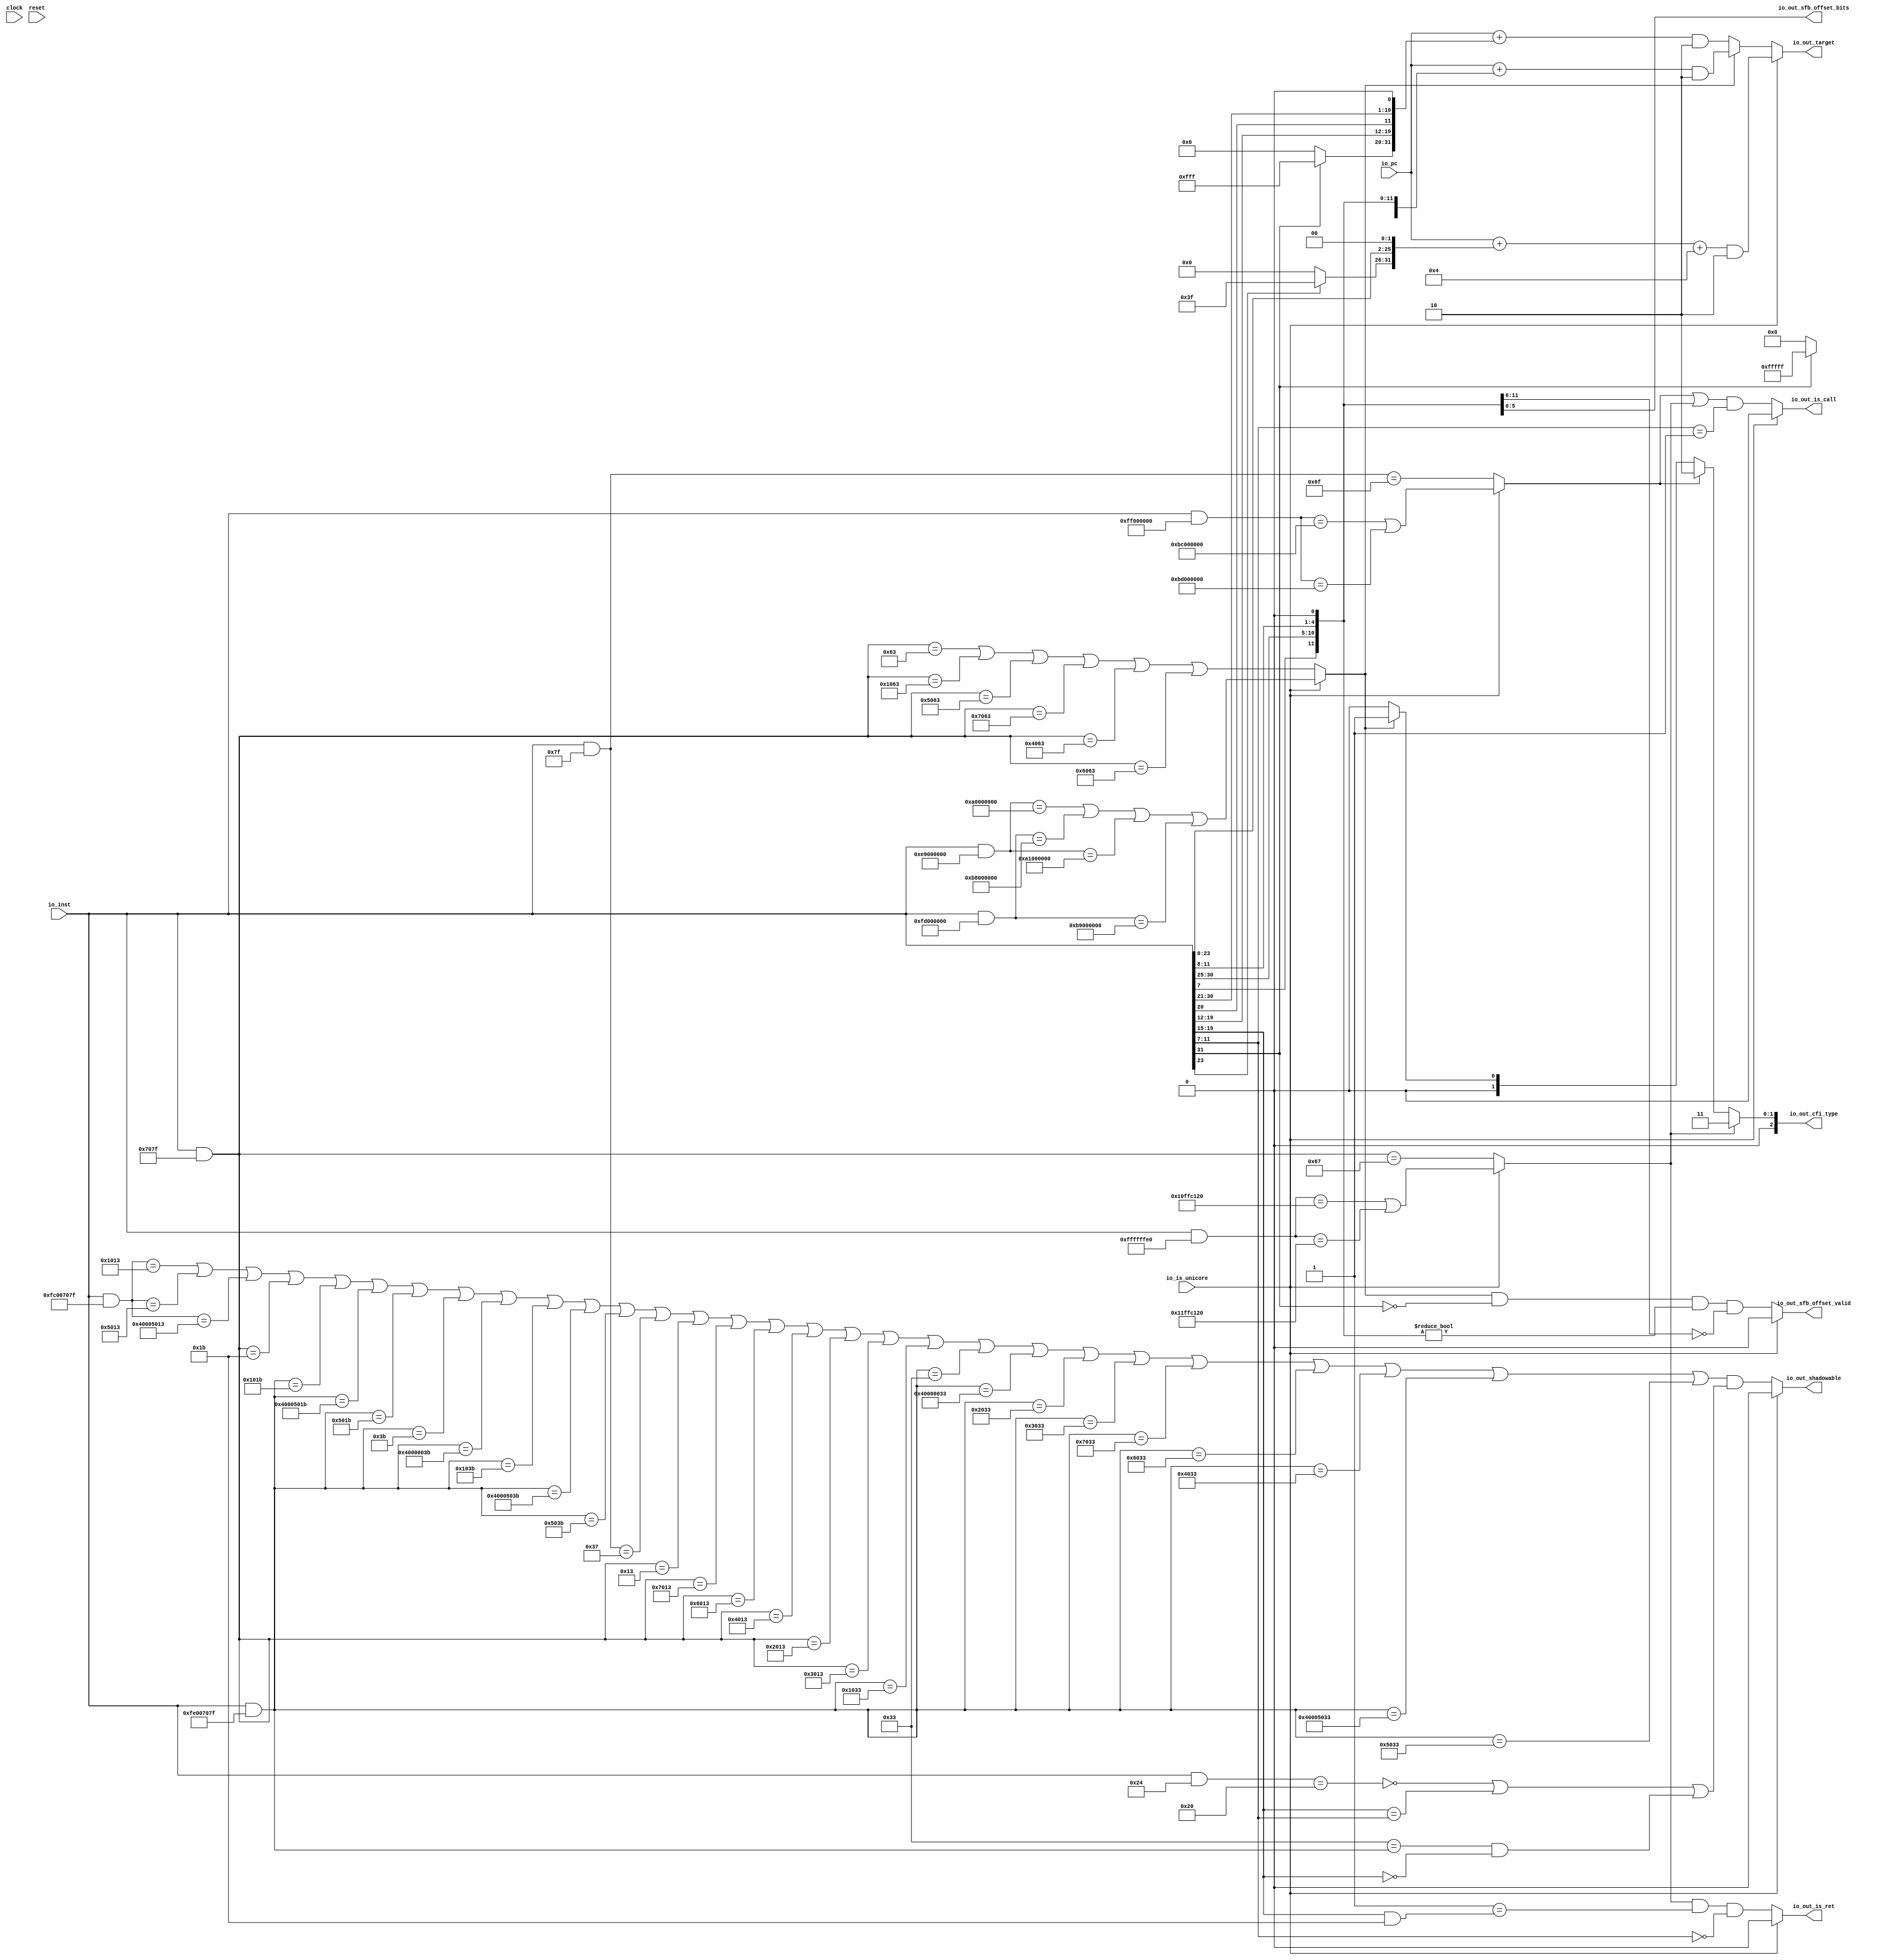
module BranchDecode(
  input         clock,
  input         reset,
  input  [31:0] io_inst,
  input  [39:0] io_pc,
  input         io_is_unicore,
  output        io_out_is_ret,
  output        io_out_is_call,
  output [39:0] io_out_target,
  output [2:0]  io_out_cfi_type,
  output        io_out_sfb_offset_valid,
  output [5:0]  io_out_sfb_offset_bits,
  output        io_out_shadowable
);
  wire [31:0] _bit_T = io_inst & 32'h707f; // @[Decode.scala 14:65]
  wire  _bit_T_1 = _bit_T == 32'h63; // @[Decode.scala 14:121]
  wire  _bit_T_3 = _bit_T == 32'h1063; // @[Decode.scala 14:121]
  wire  _bit_T_5 = _bit_T == 32'h5063; // @[Decode.scala 14:121]
  wire  _bit_T_7 = _bit_T == 32'h7063; // @[Decode.scala 14:121]
  wire  _bit_T_9 = _bit_T == 32'h4063; // @[Decode.scala 14:121]
  wire  _bit_T_11 = _bit_T == 32'h6063; // @[Decode.scala 14:121]
  wire  bpd_csignals_0 = _bit_T_1 | _bit_T_3 | _bit_T_5 | _bit_T_7 | _bit_T_9 | _bit_T_11; // @[Decode.scala 15:30]
  wire [31:0] _bit_T_17 = io_inst & 32'h7f; // @[Decode.scala 14:65]
  wire  bpd_csignals_1 = _bit_T_17 == 32'h6f; // @[Decode.scala 14:121]
  wire  bpd_csignals_2 = _bit_T == 32'h67; // @[Decode.scala 14:121]
  wire [31:0] _bit_T_21 = io_inst & 32'hfc00707f; // @[Decode.scala 14:65]
  wire  _bit_T_22 = _bit_T_21 == 32'h1013; // @[Decode.scala 14:121]
  wire  _bit_T_24 = _bit_T_21 == 32'h5013; // @[Decode.scala 14:121]
  wire  _bit_T_26 = _bit_T_21 == 32'h40005013; // @[Decode.scala 14:121]
  wire  _bit_T_28 = _bit_T == 32'h1b; // @[Decode.scala 14:121]
  wire [31:0] _bit_T_29 = io_inst & 32'hfe00707f; // @[Decode.scala 14:65]
  wire  _bit_T_30 = _bit_T_29 == 32'h101b; // @[Decode.scala 14:121]
  wire  _bit_T_32 = _bit_T_29 == 32'h4000501b; // @[Decode.scala 14:121]
  wire  _bit_T_34 = _bit_T_29 == 32'h501b; // @[Decode.scala 14:121]
  wire  _bit_T_36 = _bit_T_29 == 32'h3b; // @[Decode.scala 14:121]
  wire  _bit_T_38 = _bit_T_29 == 32'h4000003b; // @[Decode.scala 14:121]
  wire  _bit_T_40 = _bit_T_29 == 32'h103b; // @[Decode.scala 14:121]
  wire  _bit_T_42 = _bit_T_29 == 32'h4000503b; // @[Decode.scala 14:121]
  wire  _bit_T_44 = _bit_T_29 == 32'h503b; // @[Decode.scala 14:121]
  wire  _bit_T_46 = _bit_T_17 == 32'h37; // @[Decode.scala 14:121]
  wire  _bit_T_48 = _bit_T == 32'h13; // @[Decode.scala 14:121]
  wire  _bit_T_50 = _bit_T == 32'h7013; // @[Decode.scala 14:121]
  wire  _bit_T_52 = _bit_T == 32'h6013; // @[Decode.scala 14:121]
  wire  _bit_T_54 = _bit_T == 32'h4013; // @[Decode.scala 14:121]
  wire  _bit_T_56 = _bit_T == 32'h2013; // @[Decode.scala 14:121]
  wire  _bit_T_58 = _bit_T == 32'h3013; // @[Decode.scala 14:121]
  wire  _bit_T_60 = _bit_T_29 == 32'h1033; // @[Decode.scala 14:121]
  wire  _bit_T_62 = _bit_T_29 == 32'h33; // @[Decode.scala 14:121]
  wire  _bit_T_64 = _bit_T_29 == 32'h40000033; // @[Decode.scala 14:121]
  wire  _bit_T_66 = _bit_T_29 == 32'h2033; // @[Decode.scala 14:121]
  wire  _bit_T_68 = _bit_T_29 == 32'h3033; // @[Decode.scala 14:121]
  wire  _bit_T_70 = _bit_T_29 == 32'h7033; // @[Decode.scala 14:121]
  wire  _bit_T_72 = _bit_T_29 == 32'h6033; // @[Decode.scala 14:121]
  wire  _bit_T_74 = _bit_T_29 == 32'h4033; // @[Decode.scala 14:121]
  wire  _bit_T_76 = _bit_T_29 == 32'h40005033; // @[Decode.scala 14:121]
  wire  _bit_T_78 = _bit_T_29 == 32'h5033; // @[Decode.scala 14:121]
  wire  bpd_csignals_3 = _bit_T_22 | _bit_T_24 | _bit_T_26 | _bit_T_28 | _bit_T_30 | _bit_T_32 | _bit_T_34 | _bit_T_36
     | _bit_T_38 | _bit_T_40 | _bit_T_42 | _bit_T_44 | _bit_T_46 | _bit_T_48 | _bit_T_50 | _bit_T_52 | _bit_T_54 |
    _bit_T_56 | _bit_T_58 | _bit_T_60 | _bit_T_62 | _bit_T_64 | _bit_T_66 | _bit_T_68 | _bit_T_70 | _bit_T_72 |
    _bit_T_74 | _bit_T_76 | _bit_T_78; // @[Decode.scala 15:30]
  wire [31:0] _T = io_inst & 32'h24; // @[Decode.scala 14:65]
  wire  bpd_csignals_4 = _T == 32'h20; // @[Decode.scala 14:121]
  wire [31:0] _bit_T_107 = io_inst & 32'he9000000; // @[Decode.scala 14:65]
  wire  _bit_T_108 = _bit_T_107 == 32'ha0000000; // @[Decode.scala 14:121]
  wire [31:0] _bit_T_109 = io_inst & 32'hfd000000; // @[Decode.scala 14:65]
  wire  _bit_T_110 = _bit_T_109 == 32'hb8000000; // @[Decode.scala 14:121]
  wire  _bit_T_112 = _bit_T_107 == 32'ha1000000; // @[Decode.scala 14:121]
  wire  _bit_T_114 = _bit_T_109 == 32'hb9000000; // @[Decode.scala 14:121]
  wire  bpd_csignals_unicore_0 = _bit_T_108 | _bit_T_110 | _bit_T_112 | _bit_T_114; // @[Decode.scala 15:30]
  wire [31:0] _bit_T_118 = io_inst & 32'hff000000; // @[Decode.scala 14:65]
  wire  _bit_T_119 = _bit_T_118 == 32'hbc000000; // @[Decode.scala 14:121]
  wire  _bit_T_121 = _bit_T_118 == 32'hbd000000; // @[Decode.scala 14:121]
  wire  bpd_csignals_unicore_1 = _bit_T_119 | _bit_T_121; // @[Decode.scala 15:30]
  wire [31:0] _bit_T_123 = io_inst & 32'hffffffe0; // @[Decode.scala 14:65]
  wire  _bit_T_124 = _bit_T_123 == 32'h10ffc120; // @[Decode.scala 14:121]
  wire  _bit_T_126 = _bit_T_123 == 32'h11ffc120; // @[Decode.scala 14:121]
  wire  bpd_csignals_unicore_2 = _bit_T_124 | _bit_T_126; // @[Decode.scala 15:30]
  wire  cs_is_br = io_is_unicore ? bpd_csignals_unicore_0 : bpd_csignals_0; // @[decode.scala 956:24]
  wire  cs_is_jal = io_is_unicore ? bpd_csignals_unicore_1 : bpd_csignals_1; // @[decode.scala 957:24]
  wire  cs_is_jalr = io_is_unicore ? bpd_csignals_unicore_2 : bpd_csignals_2; // @[decode.scala 958:24]
  wire  is_call_riscv = (cs_is_jal | cs_is_jalr) & io_inst[11:7] == 5'h1; // @[decode.scala 959:49]
  wire [4:0] _T_6 = io_inst[19:15] & 5'h1b; // @[decode.scala 960:52]
  wire  is_ret_riscv = cs_is_jalr & 5'h1 == _T_6 & io_inst[11:7] == 5'h0; // @[decode.scala 960:73]
  wire [19:0] hi_hi_hi = io_inst[31] ? 20'hfffff : 20'h0; // @[Bitwise.scala 72:12]
  wire  hi_hi_lo = io_inst[7]; // @[consts.scala 470:46]
  wire [5:0] hi_lo = io_inst[30:25]; // @[consts.scala 470:55]
  wire [3:0] lo_hi = io_inst[11:8]; // @[consts.scala 470:68]
  wire [31:0] _T_15 = {hi_hi_hi,hi_hi_lo,hi_lo,lo_hi,1'h0}; // @[consts.scala 471:27]
  wire [39:0] _GEN_0 = {{8{_T_15[31]}},_T_15}; // @[consts.scala 471:17]
  wire [39:0] _T_18 = $signed(io_pc) + $signed(_GEN_0); // @[consts.scala 471:17]
  wire [39:0] _T_21 = $signed(_T_18) & -40'sh2; // @[consts.scala 471:52]
  wire [11:0] hi_hi_hi_1 = io_inst[31] ? 12'hfff : 12'h0; // @[Bitwise.scala 72:12]
  wire [7:0] hi_hi_lo_1 = io_inst[19:12]; // @[consts.scala 476:46]
  wire  hi_lo_1 = io_inst[20]; // @[consts.scala 476:59]
  wire [3:0] lo_hi_lo = io_inst[24:21]; // @[consts.scala 476:82]
  wire [31:0] _T_26 = {hi_hi_hi_1,hi_hi_lo_1,hi_lo_1,hi_lo,lo_hi_lo,1'h0}; // @[consts.scala 477:27]
  wire [39:0] _GEN_1 = {{8{_T_26[31]}},_T_26}; // @[consts.scala 477:17]
  wire [39:0] _T_29 = $signed(io_pc) + $signed(_GEN_1); // @[consts.scala 477:17]
  wire [39:0] _T_32 = $signed(_T_29) & -40'sh2; // @[consts.scala 477:52]
  wire [39:0] target_riscv = cs_is_br ? _T_21 : _T_32; // @[decode.scala 961:25]
  wire [5:0] hi_hi_2 = io_inst[23] ? 6'h3f : 6'h0; // @[Bitwise.scala 72:12]
  wire [23:0] hi_lo_2 = io_inst[23:0]; // @[consts.scala 464:45]
  wire [31:0] _T_37 = {hi_hi_2,hi_lo_2,2'h0}; // @[consts.scala 465:27]
  wire [39:0] _GEN_2 = {{8{_T_37[31]}},_T_37}; // @[consts.scala 465:17]
  wire [39:0] _T_40 = $signed(io_pc) + $signed(_GEN_2); // @[consts.scala 465:17]
  wire [39:0] _T_43 = $signed(_T_40) + 40'sh4; // @[consts.scala 465:34]
  wire [39:0] target_unicore = $signed(_T_43) & -40'sh2; // @[consts.scala 465:51]
  wire [2:0] _T_49 = cs_is_br ? 3'h1 : 3'h0; // @[decode.scala 968:75]
  wire [2:0] _T_50 = cs_is_jal ? 3'h2 : _T_49; // @[decode.scala 968:51]
  wire [11:0] br_offset = {hi_hi_lo,hi_lo,lo_hi,1'h0}; // @[Cat.scala 30:58]
  wire  sfb_offset_valid_riscv = cs_is_br & ~io_inst[31] & br_offset != 12'h0 & br_offset[11:6] == 6'h0; // @[decode.scala 971:78]
  wire  _T_68 = 32'h33 == _bit_T_29 & io_inst[19:15] == 5'h0; // @[decode.scala 974:24]
  wire  _T_69 = ~bpd_csignals_4 | io_inst[19:15] == io_inst[11:7] | _T_68; // @[decode.scala 973:59]
  wire  shadowable_riscv = bpd_csignals_3 & _T_69; // @[decode.scala 972:43]
  assign io_out_is_ret = io_is_unicore ? 1'h0 : is_ret_riscv; // @[decode.scala 966:24]
  assign io_out_is_call = io_is_unicore ? 1'h0 : is_call_riscv; // @[decode.scala 965:24]
  assign io_out_target = io_is_unicore ? target_unicore : target_riscv; // @[decode.scala 967:23]
  assign io_out_cfi_type = cs_is_jalr ? 3'h3 : _T_50; // @[decode.scala 968:25]
  assign io_out_sfb_offset_valid = io_is_unicore ? 1'h0 : sfb_offset_valid_riscv; // @[decode.scala 976:33]
  assign io_out_sfb_offset_bits = br_offset[5:0]; // @[decode.scala 977:27]
  assign io_out_shadowable = io_is_unicore ? 1'h0 : shadowable_riscv; // @[decode.scala 978:27]
endmodule